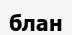
блан